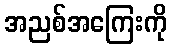
အညစ်အကြေးကို